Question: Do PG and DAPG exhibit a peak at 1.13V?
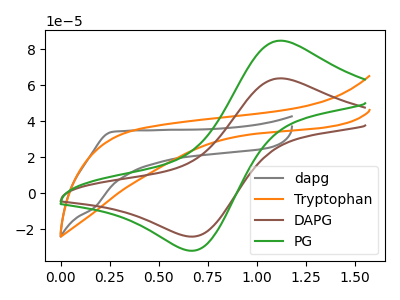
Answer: <think>The gray curve "dapg" has no peaks. The orange curve "Tryptophan" has no peaks. The brown curve "DAPG" has an anodic peak at (1.15V, 63.90uA) and a cathodic peak at (0.65V, -23.95uA). The green curve "PG" has an anodic peak at (1.15V, 84.85uA) and a cathodic peak at (0.65V, -31.80uA).</think>
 <answer>Yes, "PG" and "DAPG" share a peak at 1.13V.</answer>
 <eval>match</eval>